Eesti_Rahvusfond, lk 2
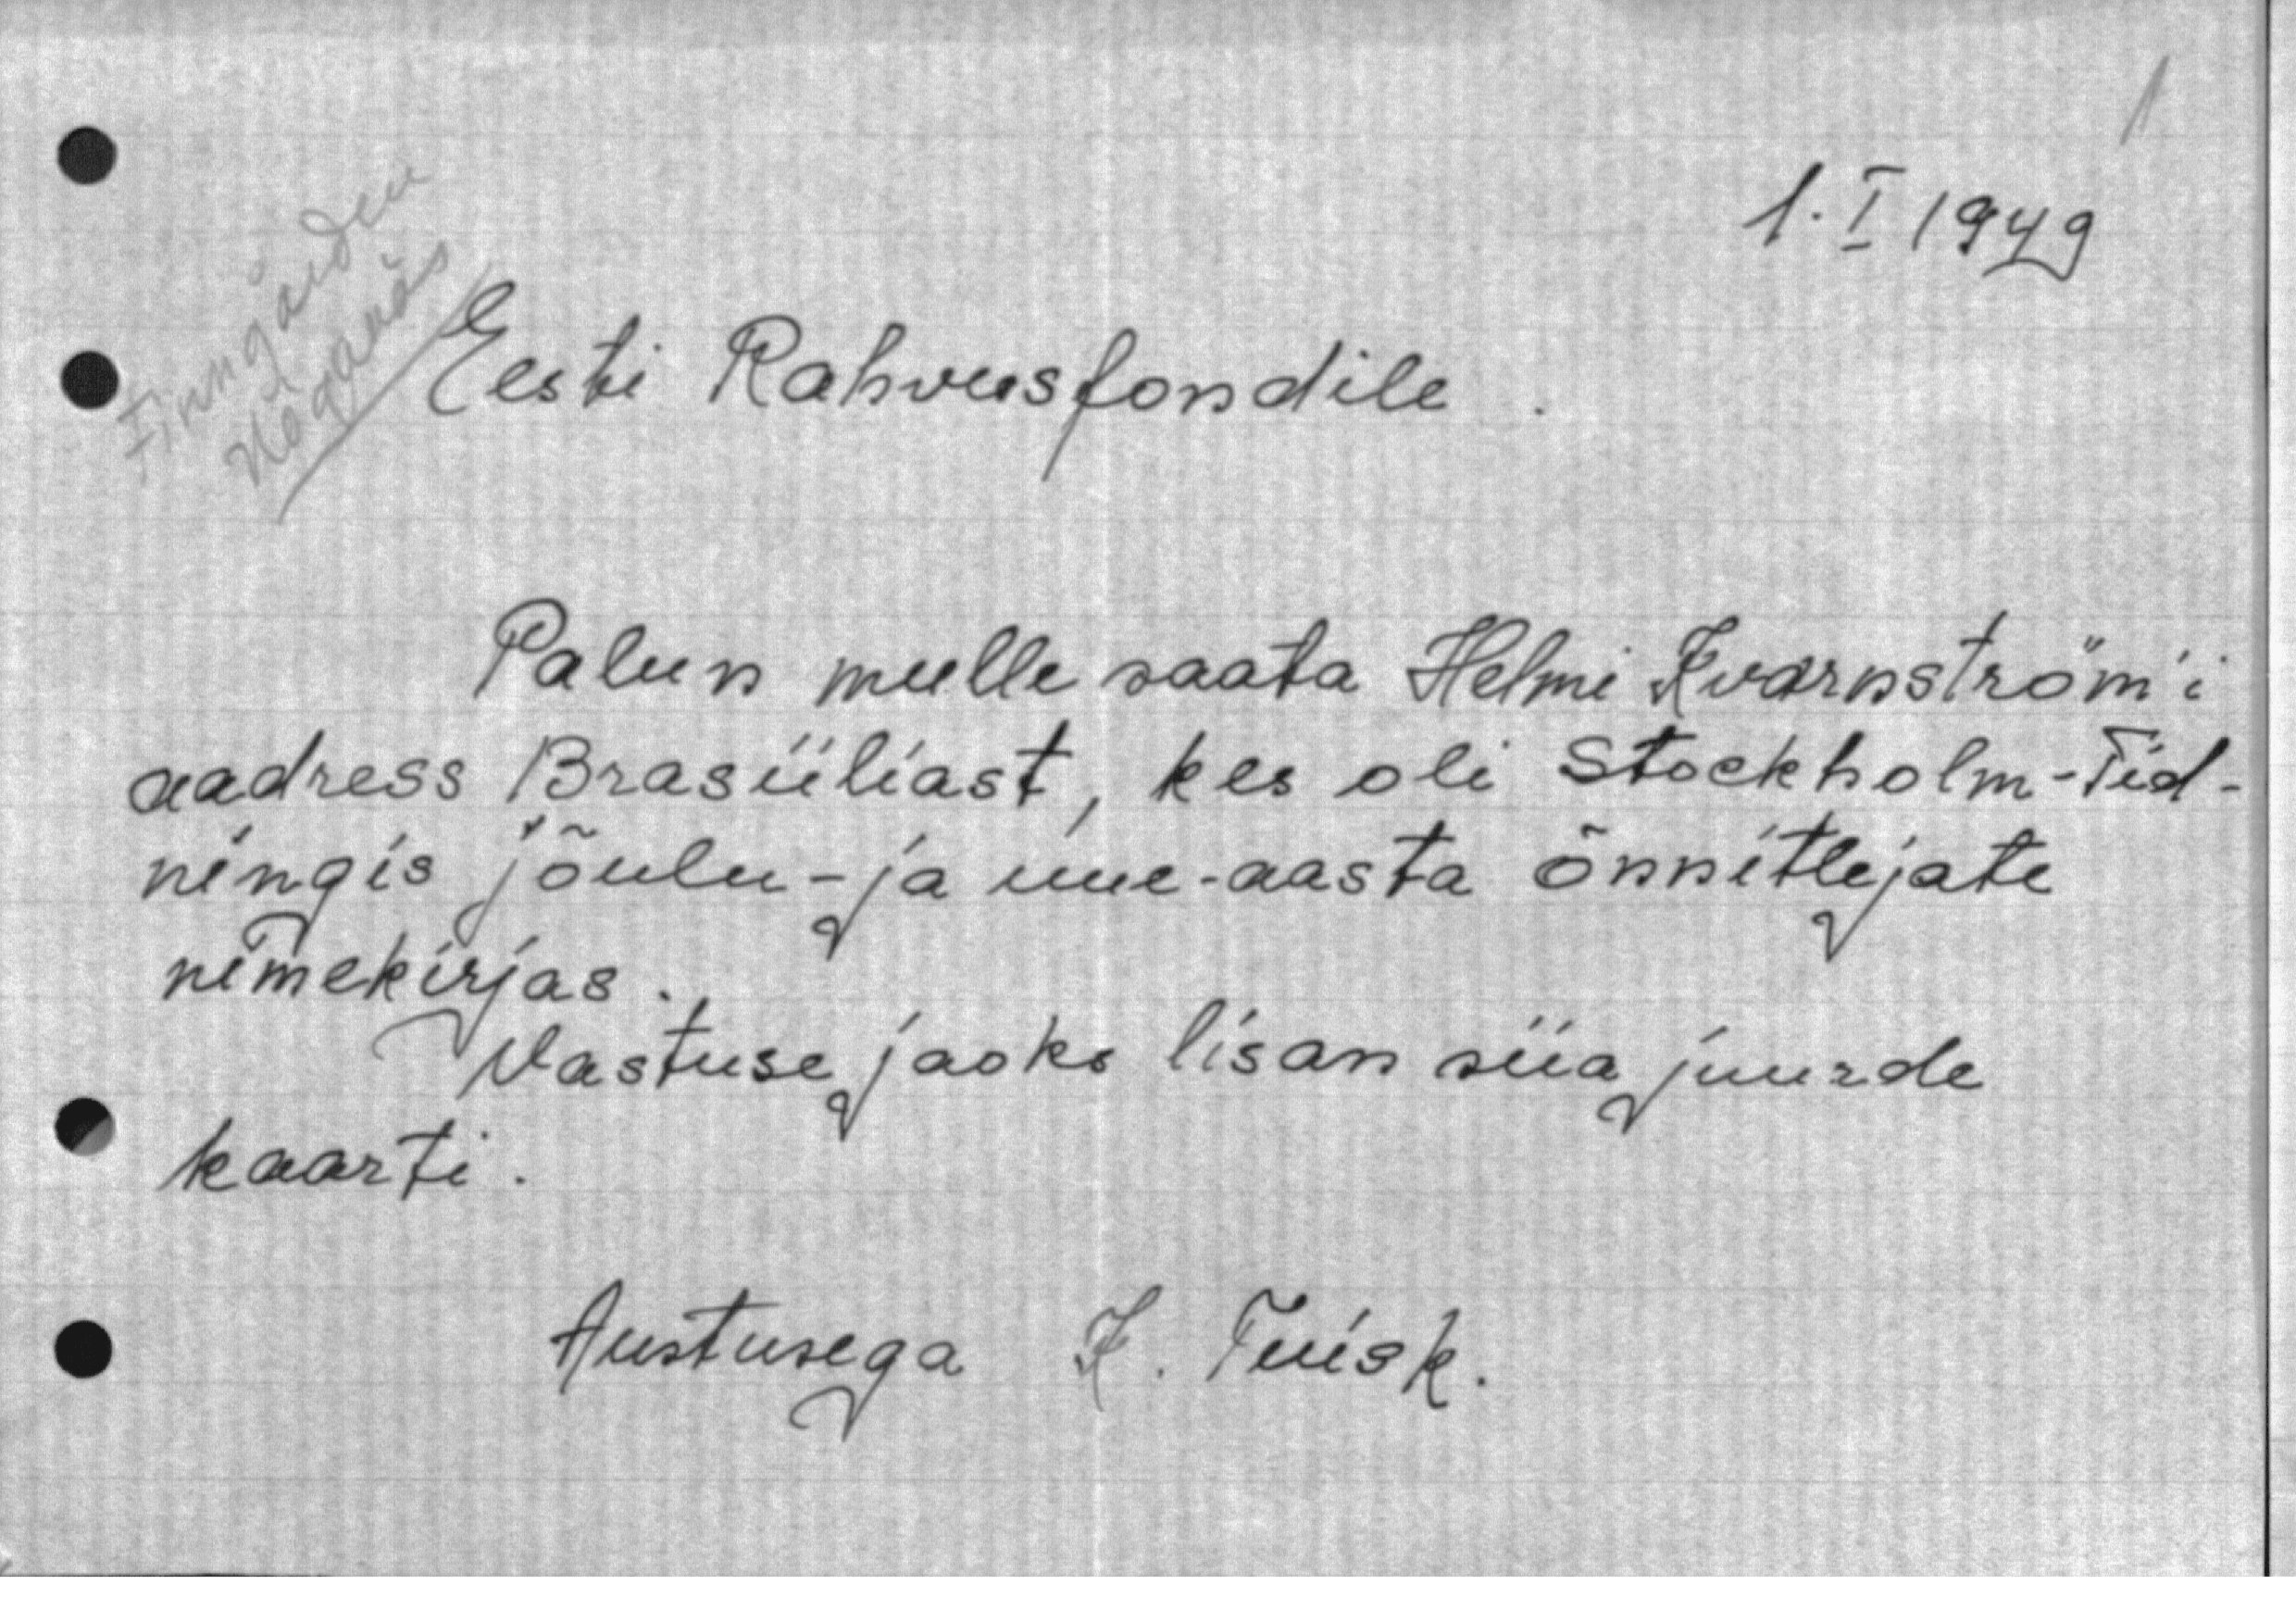
1. I 1949
Eesti Rahvusfondile.
Palun mulle saata Helmi Kvarnström'i
aadress Brasiiliast, kes oli Stockholm-Tid-
ningis jõulu- ja uue-aasta õnnitlejate
nimekirjas
Vastuse jaoks lisan siia juurde
kaarti.
Austusega J. Tuisk